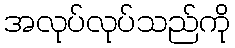
အလုပ်လုပ်သည်ကို